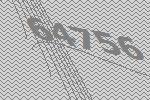
64756